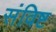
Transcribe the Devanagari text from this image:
संविष्ट